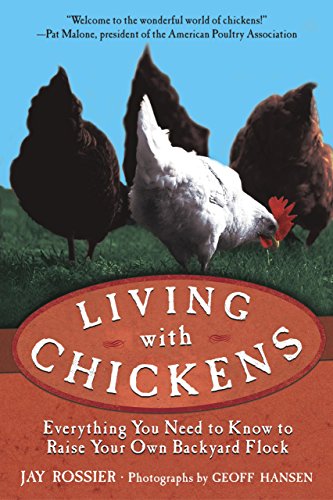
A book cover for Living with Chickens: Everything You Need to Know to Raise Your Own Backyard Flock; Jay Rossier; Crafts, Hobbies & Home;